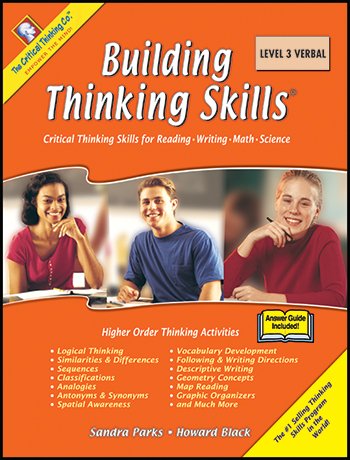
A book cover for Building Thinking SkillsÂ® Level 3 Verbal; Sandra Parks; Teen & Young Adult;